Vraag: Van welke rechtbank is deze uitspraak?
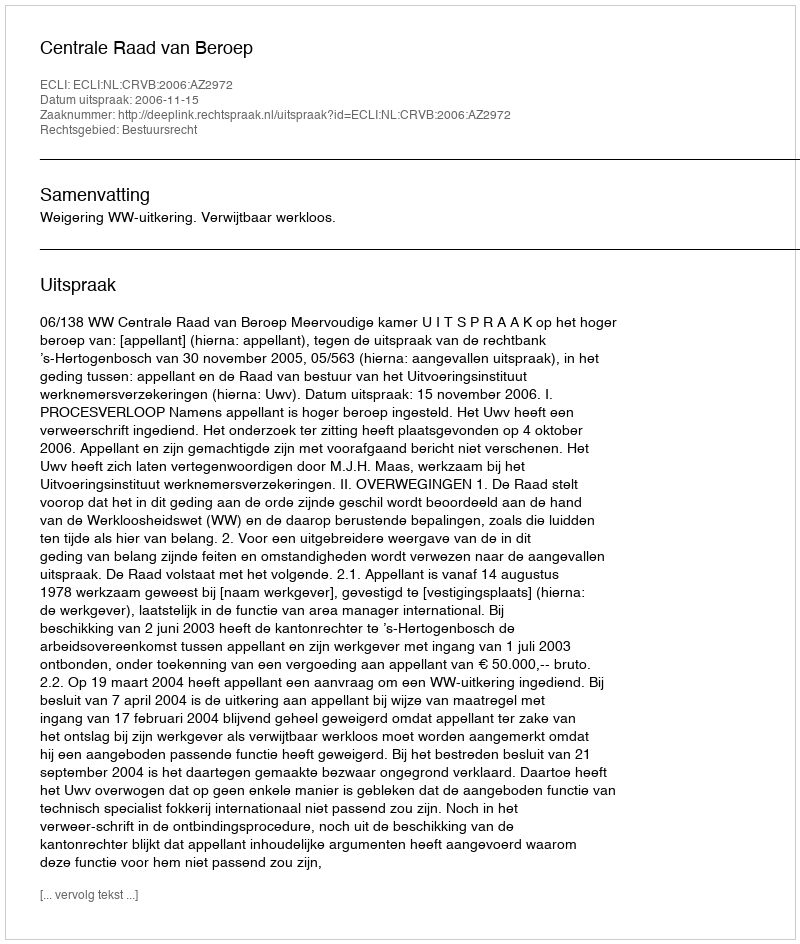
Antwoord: Centrale Raad van Beroep